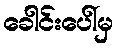
ခေါင်းပေါ်မှ